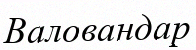
Валовандар